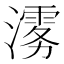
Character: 𱩉